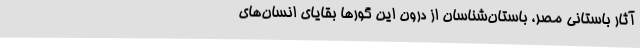
آثار باستانی مصر، باستان‌شناسان از درون این گورها بقایای انسان‌های